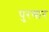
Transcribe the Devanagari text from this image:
पुरणार